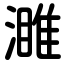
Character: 濉